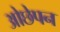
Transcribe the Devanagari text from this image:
ओछेपन